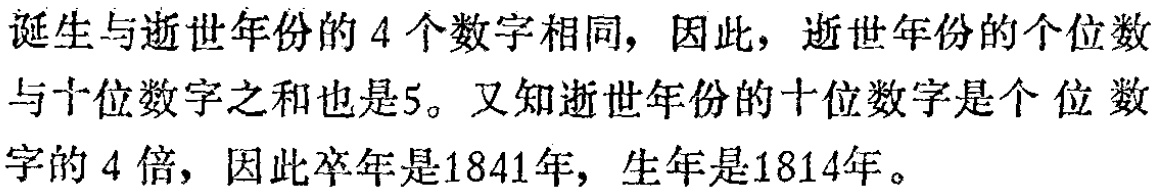
诞生与逝世年份的4个数字相同，因此，逝世年份的个位数与十位数字之和也是5。又知逝世年份的十位数字是个位数字的4倍，因此卒年是1841年，生年是1814年。